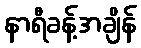
နာရီခန့်အချိန်